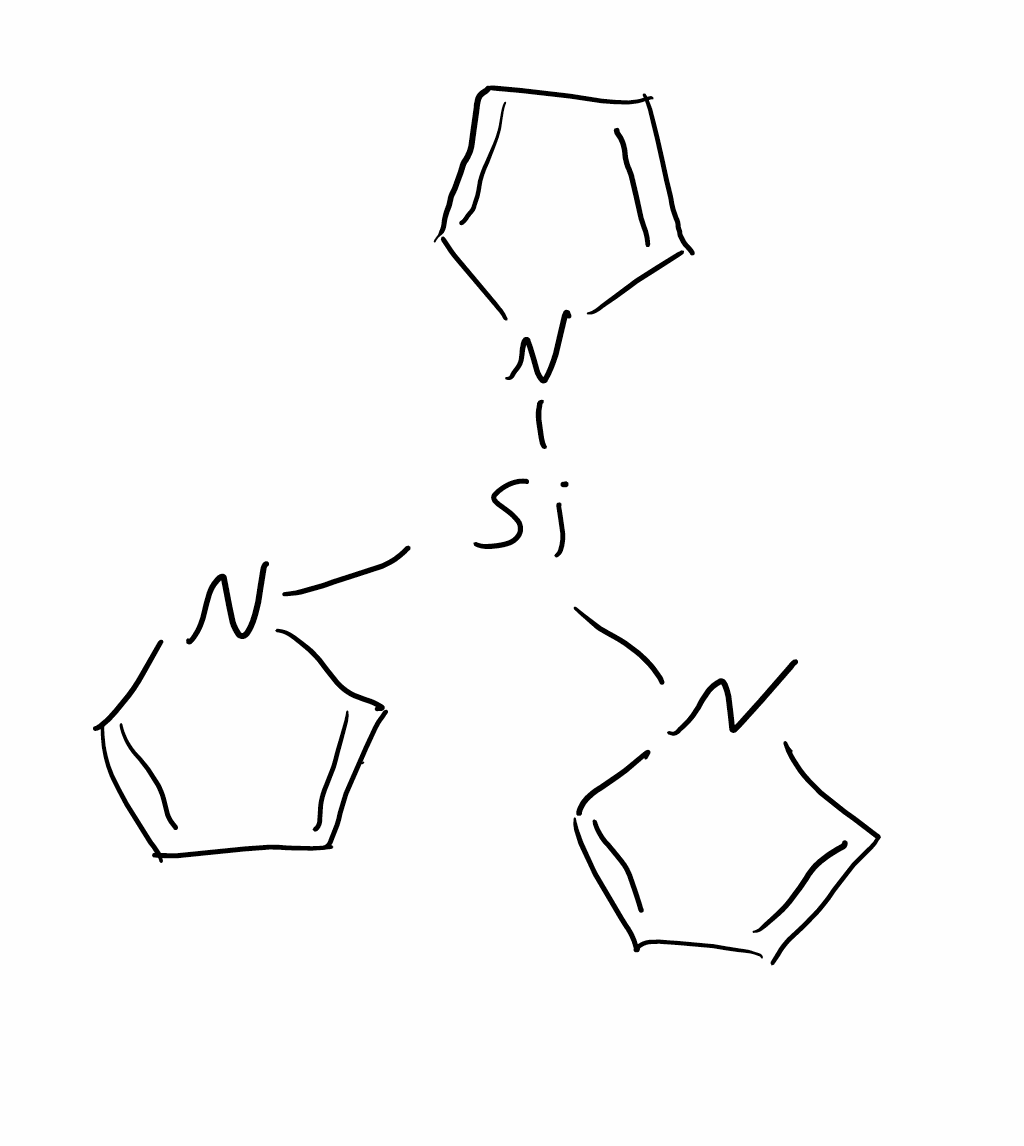
Simplified molecular-input line-entry system (SMILES) notation of the given molecule:
C1=CN(C=C1)[Si](N2C=CC=C2)N3C=CC=C3